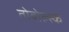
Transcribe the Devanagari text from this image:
तोबोल्स्क